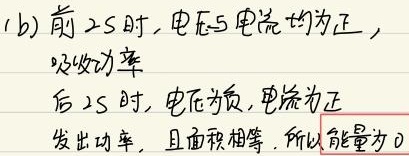
(b) 前2s时, 电压与电流均为正，
吸收功率
后2s时, 电压为负, 电流为正
发出功率，且面积相等，所以能量为0